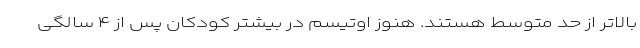
بالاتر از حد متوسط ‌هستند. هنوز اوتیسم در بیشتر کودکان پس از ۴ سالگی